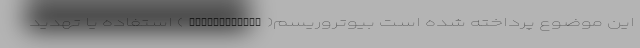
این موضوع پرداخته‌ شده است بیوتروریسم(Bioterrorism) استفاده یا تهدید